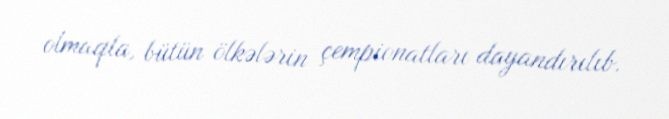
olmaqla, bütün ölkələrin çempionatları dayandırılıb.